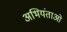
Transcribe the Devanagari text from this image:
अभियंताओ